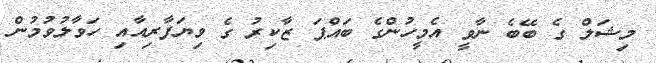
މިޝަލް ގެ ބޭބެ ނާވީ އެމީހުންގެ ބައްޕަ ޒާކިރު ގެ ވިޔަފާރިއާއި ހަވާލުވުމުން